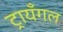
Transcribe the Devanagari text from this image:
ट्रायँगल